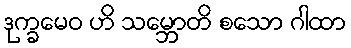
ဒုက္ခမေဝ ဟိ သမ္ဘောတိ စသော ဂါထာ